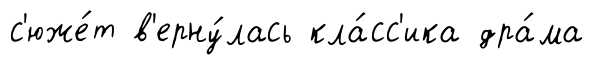
с'юже́т в'ерну́лась кла́сс'ика дра́ма